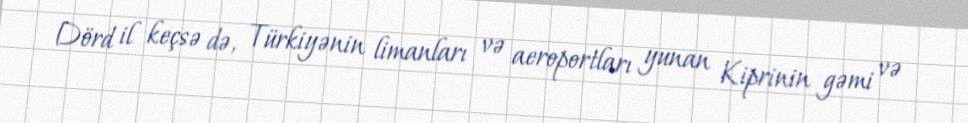
Dörd il keçsə də, Türkiyənin limanları və aeroportları yunan Kiprinin gəmi və